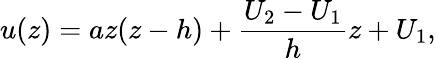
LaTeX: u(z)=az(z-h)+\frac{U_{2}-U_{1}}{h}z+U_{1},